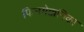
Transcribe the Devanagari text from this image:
फिनमेक्कनिका